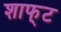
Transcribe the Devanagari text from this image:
शाफ्‌ट